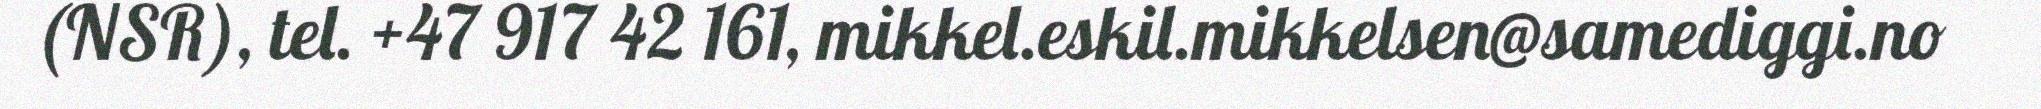
(NSR), tel. +47 917 42 161, mikkel.eskil.mikkelsen@samediggi.no